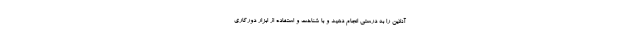
آنلاین را به درستی انجام دهید و با شناخت و استفاده از ابزار دورکاری